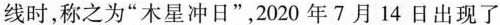
线时，称之为”木星冲日”，2020年7月14日出现了